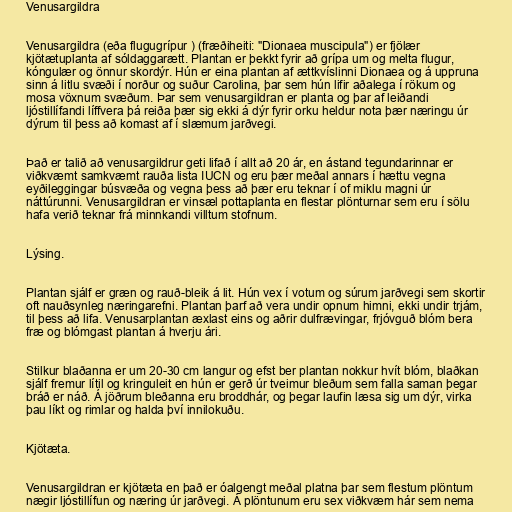
Venusargildra

Venusargildra (eða flugugrípur ) (fræðiheiti: "Dionaea muscipula") er fjölær
kjötætuplanta af sóldaggarætt. Plantan er þekkt fyrir að grípa um og melta flugur,
kóngulær og önnur skordýr. Hún er eina plantan af ættkvíslinni Dionaea og á uppruna
sinn á litlu svæði í norður og suður Carolina, þar sem hún lifir aðalega í rökum og
mosa vöxnum svæðum. Þar sem venusargildran er planta og þar af leiðandi
ljóstillífandi líffvera þá reiða þær sig ekki á dýr fyrir orku heldur nota þær næringu úr
dýrum til þess að komast af í slæmum jarðvegi.

Það er talið að venusargildrur geti lifað í allt að 20 ár, en ástand tegundarinnar er
viðkvæmt samkvæmt rauða lista IUCN og eru þær meðal annars í hættu vegna
eyðileggingar búsvæða og vegna þess að þær eru teknar í of miklu magni úr
náttúrunni. Venusargildran er vinsæl pottaplanta en flestar plönturnar sem eru í sölu
hafa verið teknar frá minnkandi villtum stofnum.

Lýsing.

Plantan sjálf er græn og rauð-bleik á lit. Hún vex í votum og súrum jarðvegi sem skortir
oft nauðsynleg næringarefni. Plantan þarf að vera undir opnum himni, ekki undir trjám,
til þess að lifa. Venusarplantan æxlast eins og aðrir dulfrævingar, frjóvguð blóm bera
fræ og blómgast plantan á hverju ári.

Stilkur blaðanna er um 20-30 cm langur og efst ber plantan nokkur hvít blóm, blaðkan
sjálf fremur lítil og kringuleit en hún er gerð úr tveimur bleðum sem falla saman þegar
bráð er náð. Á jöðrum bleðanna eru broddhár, og þegar laufin læsa sig um dýr, virka
þau líkt og rimlar og halda því innilokuðu.

Kjötæta.

Venusargildran er kjötæta en það er óalgengt meðal platna þar sem flestum plöntum
nægir ljóstillífun og næring úr jarðvegi. Á plöntunum eru sex viðkvæm hár sem nema